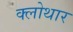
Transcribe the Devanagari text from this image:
क्लोथार